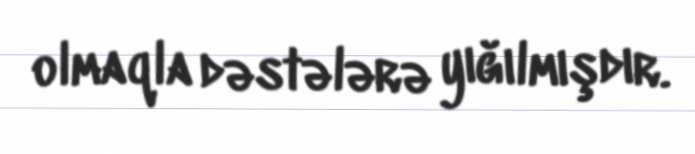
olmaqla dəstələrə yığılmışdır.